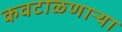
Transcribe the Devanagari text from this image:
कवटाळणाऱ्या